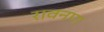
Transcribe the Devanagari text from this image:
रावनण